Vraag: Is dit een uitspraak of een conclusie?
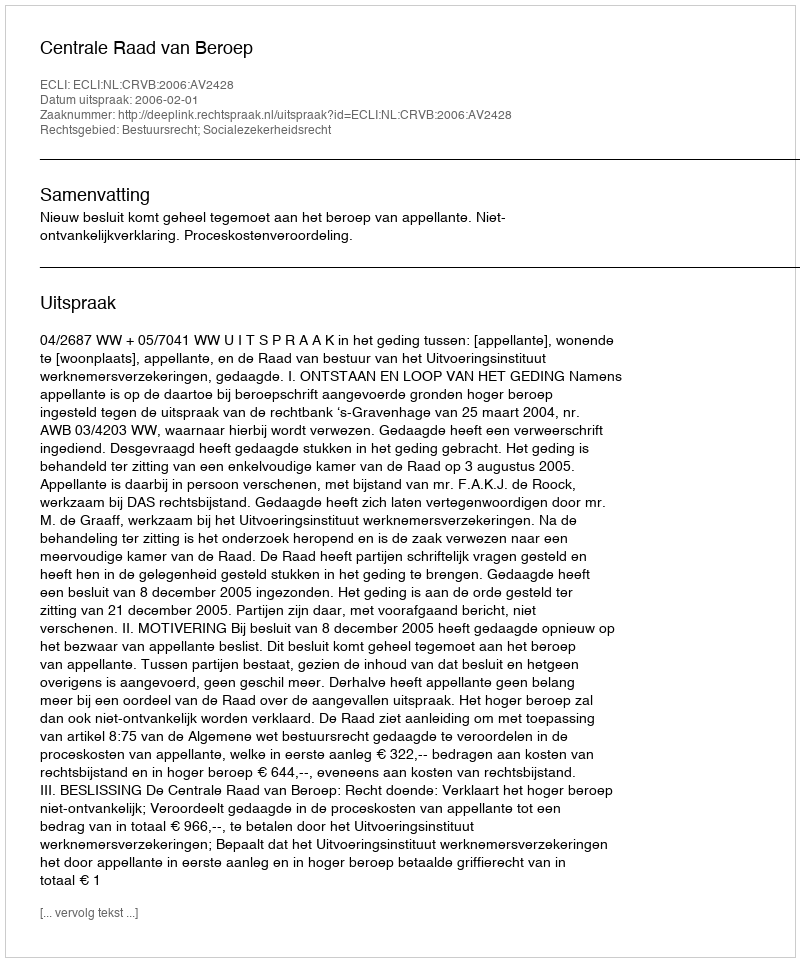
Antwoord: Uitspraak